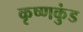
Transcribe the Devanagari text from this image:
कृष्णकुंड